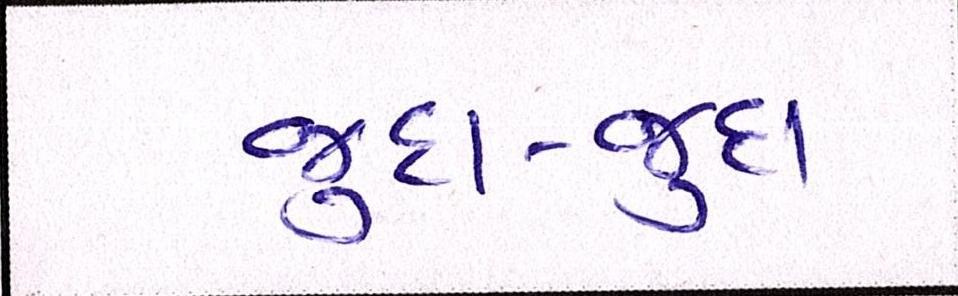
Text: જુદા-જુદા